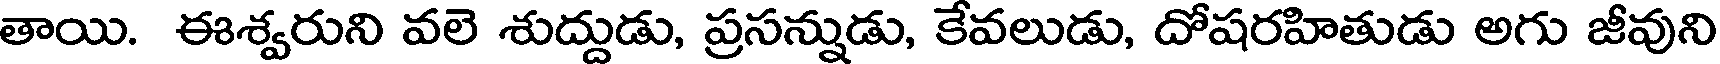
తాయి. ఈశ్వరుని వలె శుద్దుడు, ప్రసన్నుడు, కేవలుడు, దోషరహితుడు అగు జీవుని